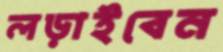
লড়াইবেন